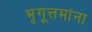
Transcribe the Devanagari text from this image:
भृगूत्तमांना